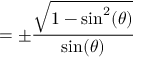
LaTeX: = \pm { \frac { \sqrt { 1 - \sin ^ { 2 } ( \theta ) } } { \sin ( \theta ) } }